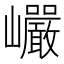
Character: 巗